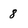
Character: 8